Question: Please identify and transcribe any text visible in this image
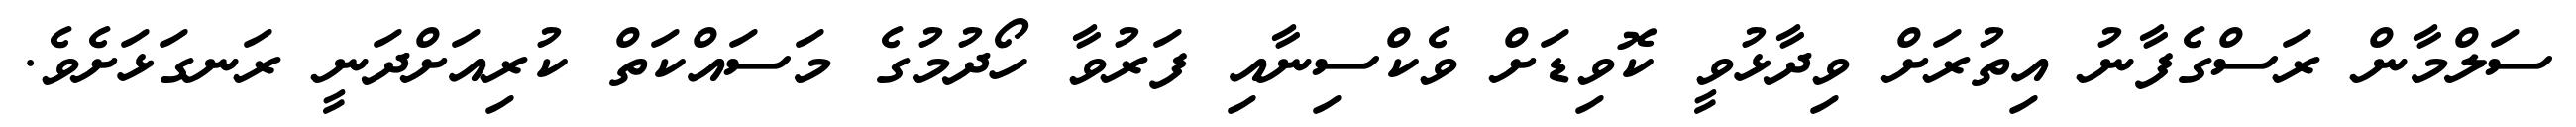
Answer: ސަލްމާން ރަސްގެފާނު އިތުރަށް ވިދާޅުވީ ކޮވިޑަށް ވެކްސިނާއި ފަރުވާ ހޯދުމުގެ މަސައްކަތް ކުރިއަށްދަނީ ރަނގަޅަށެވެ.